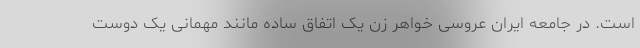
است. در جامعه ایران عروسی خواهر زن یک اتفاق ساده مانند مهمانی یک دوست